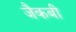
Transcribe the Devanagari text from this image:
जैकबी